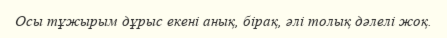
Осы тұжырым дұрыс екені анық, бірақ, әлі толық дәлелі жоқ.